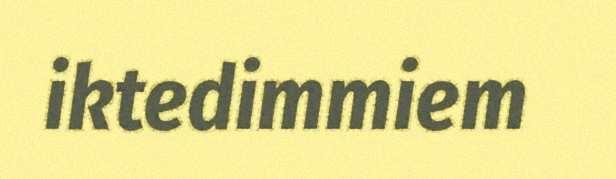
iktedimmiem